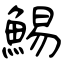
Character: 鯣